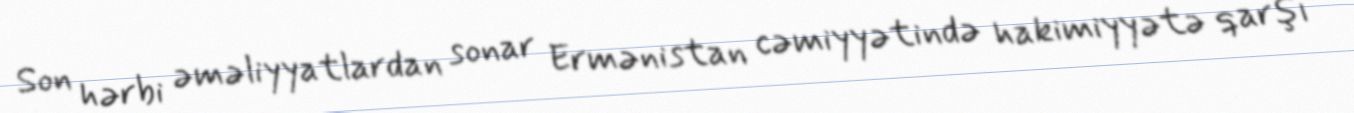
Son hərbi əməliyyatlardan sonar Ermənistan cəmiyyətində hakimiyyətə qarşı